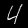
Digit: 4